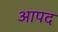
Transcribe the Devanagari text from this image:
आपद